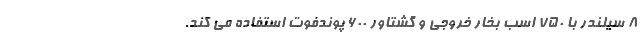
8 سیلندر با 750 اسب بخار خروجی و گشتاور 600 پوندفوت استفاده می کند.